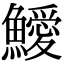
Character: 鱫